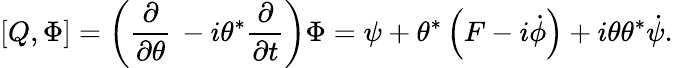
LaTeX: \left[Q,\Phi\right]=\left({\frac{\partial}{\partial\theta}}\, -i\theta^{*}{\frac{\partial}{\partial t}}\right)\Phi=\psi+\theta^{*}\left(F-i{\dot{\phi}}\right)+i\theta\theta^{*}{\dot{\psi}}.